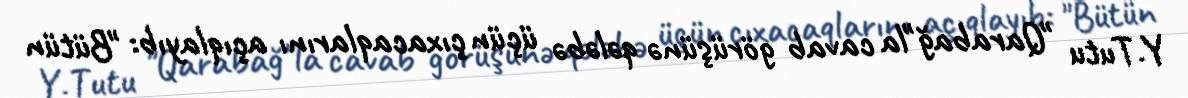
Y.Tutu "Qarabağ"la cavab görüşünə qələbə üçün çıxacaqlarını açıqlayıb: "Bütün